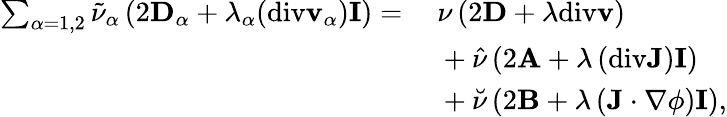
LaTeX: \begin{array}{rl}{\sum_{\alpha=1,2}\tilde{\nu}_{\alpha}\left(2\mathbf{D}_{\alpha}+\lambda_{\alpha}(\mathrm{div}\mathbf{v}_{\alpha})\mathbf{I}\right)=}&{~\nu\left(2\mathbf{D}+\lambda\mathrm{div}\mathbf{v}\right)}\\ &{~+\hat{\nu}\left(2\mathbf{A}+\lambda\left(\mathrm{div}\mathbf{J}\right)\mathbf{I}\right)}\\ &{~+\breve{\nu}\left(2\mathbf{B}+\lambda\left(\mathbf{J}\cdot\nabla\phi\right)\mathbf{I}\right),}\end{array}